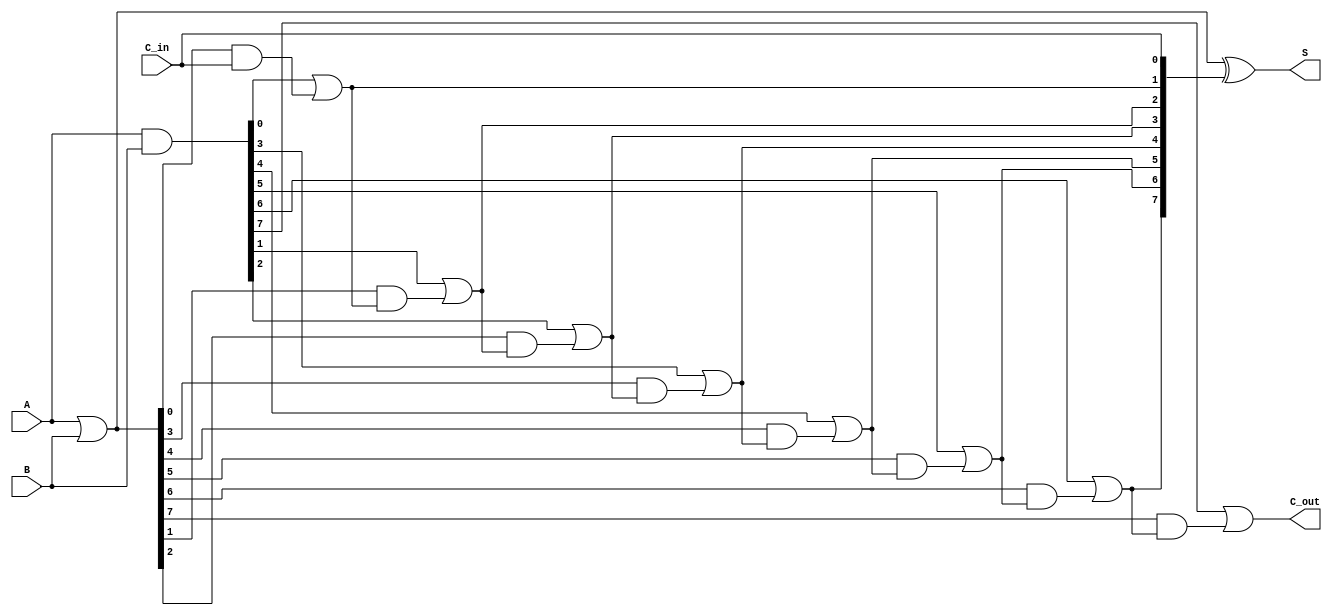
module Sklansky_Adder #(parameter N = 8) (
    input [N-1:0] A,
    input [N-1:0] B,
    input C_in,
    output [N-1:0] S,
    output C_out
);
    // Generate and propagate signals
    wire [N-1:0] G; // Generate signals
    wire [N-1:0] P; // Propagate signals
    wire [N:0] C;   // Carry signals, C[0] = C_in

    // Generate and Propagate Calculation
    assign G = A & B;          // G[i] = A[i] & B[i]
    assign P = A | B;          // P[i] = A[i] | B[i]

    // Carry Calculation
    assign C[0] = C_in; // Initial carry input
    genvar i;
    generate
        for (i = 0; i < N; i = i + 1) begin: carry_generation
            if (i == 0) begin
                assign C[i+1] = G[i] | (P[i] & C[i]);
            end else begin
                assign C[i+1] = G[i] | (P[i] & C[i]);
            end
        end
    endgenerate

    // Sum Calculation
    assign S = P ^ C[N-1:0]; // S[i] = P[i] ^ C[i]

    // Final Carry-Out
    assign C_out = C[N];

endmodule